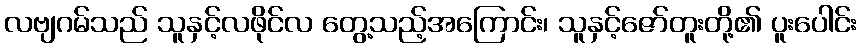
လဗျဂမ်သည် သူနှင့်လဖိုင်လ တွေ့သည့်အကြောင်း၊ သူနှင့်ဇော်တူးတို့၏ ပူးပေါင်း